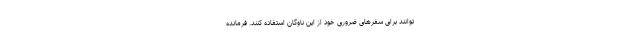
‌توانند برای سفرهای ضروری خود از این ناوگان استفاده کنند. فرمانده